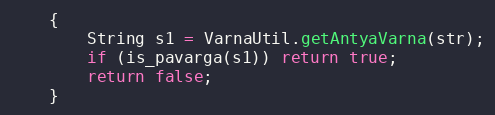
Language: Java
    {
        String s1 = VarnaUtil.getAntyaVarna(str);
        if (is_pavarga(s1)) return true;
        return false;
    }